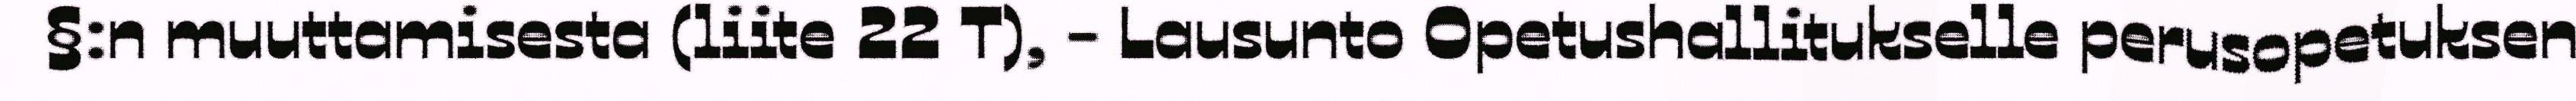
§:n muuttamisesta (liite 22 T), - Lausunto Opetushallitukselle perusopetuksen